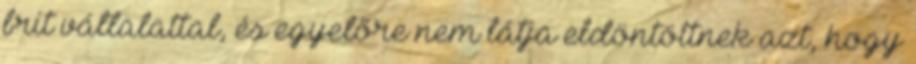
brit vállalattal, és egyelőre nem látja eldöntöttnek azt, hogy